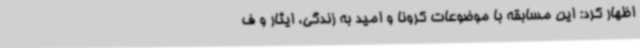
اظهار کرد: این مسابقه با موضوعات کرونا و امید به زندگی، ایثار و ف